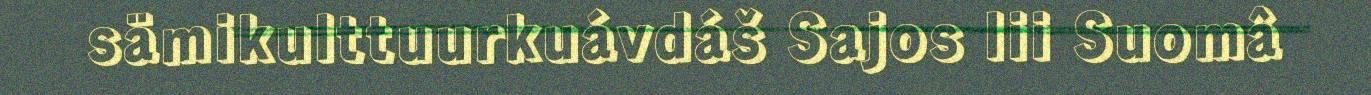
sämikulttuurkuávdáš Sajos lii Suomâ